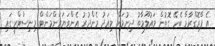
އެ ޕްރޮގްރާމާ ބެހޭ ގޮތުން މައުލޫމާތު ދިނުމަށް މިއަދު މެންދުުރު އެންވަޔަރަންމަންޓް މިނިސްޓްރީގައި